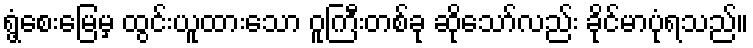
ရွံ့စေးမြေမှ ထွင်းယူထားသော ဝူကြီးတစ်ခု ဆိုသော်လည်း ခိုင်မာပုံရသည်။